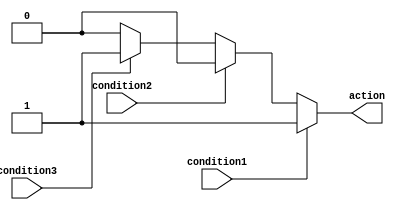
module if_else_ladder (
    input wire condition1,
    input wire condition2,
    input wire condition3,
    output reg action
);

always @ (*) begin
    if (condition1) begin
        action = 1'b1;
    end
    else if (condition2) begin
        action = 1'b0;
    end
    else if (condition3) begin
        action = 1'b1;
    end
    else begin
        action = 1'b0;
    end
end

endmodule